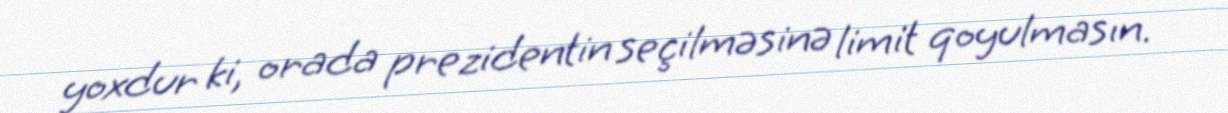
yoxdur ki, orada prezidentin seçilməsinə limit qoyulmasın.